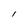
Character: I